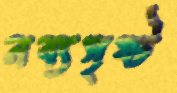
নব্যসৃষ্ট